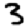
Digit: 3